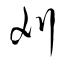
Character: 刈